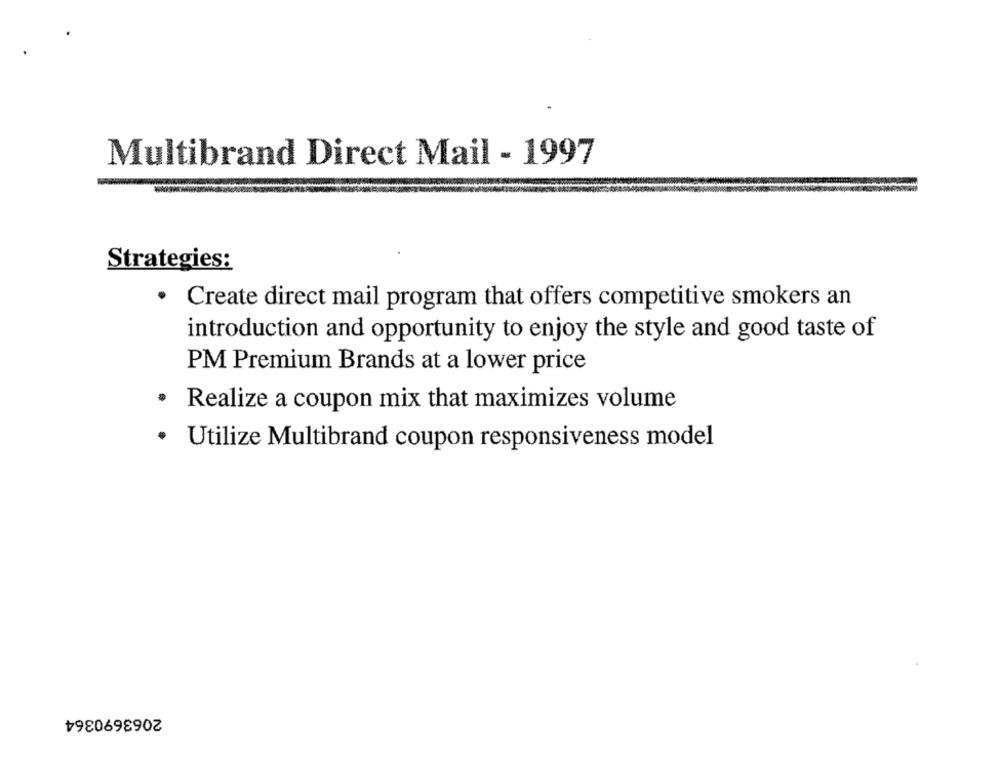
Multibrand Direct Mail - 1997
Strategies:
Create direct mail program that offers competitive smokers an
introduction and opportunity to enjoy the style and good taste of
PM Premium Brands at a lower price
Realize a coupon mix that maximizes volume
.
Utilize Multibrand coupon responsiveness model
2063690364